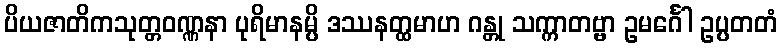
ပိယဇာတိကသုတ္တဝဏ္ဏနာ ပုရိမာနမ္ပိ ဒဿနတ္ထမာဟ ဂန္တု သက္ကာတဗ္ဗာ ဥမင်္ဂေါ ဥပ္ပတတံ